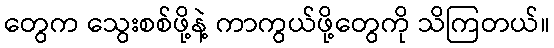
တွေက သွေးစစ်ဖို့နဲ့ ကာကွယ်ဖို့တွေကို သိကြတယ်။